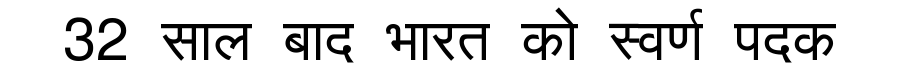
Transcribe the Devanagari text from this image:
32 साल बाद भारत को स्वर्ण पदक